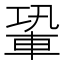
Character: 䡗